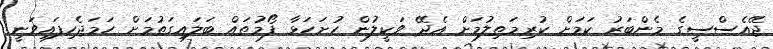
ޖޭއެސްސީގެ މެންބަރު ކަމަށް ކުރިމަތިލުމަށް އެދޭ ވަކީލުން ހުށަހަޅާ ފޯމުތައް ބަލައިގަތުމަށް ހަމަޖެހިފައިވަނީ